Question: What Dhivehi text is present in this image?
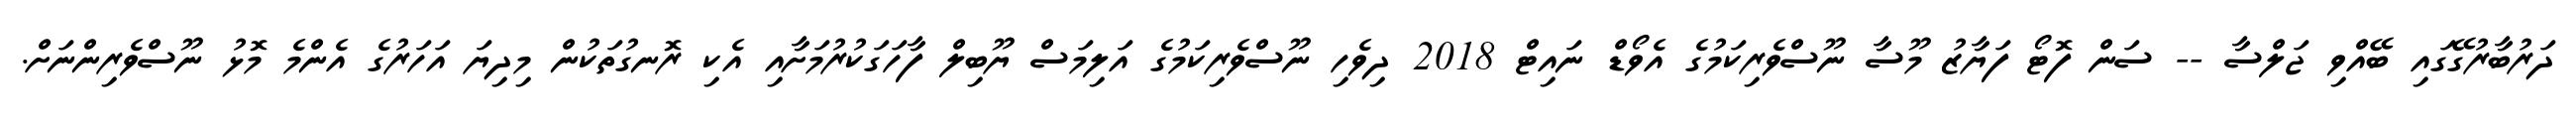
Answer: ދަރުބާރުގޭގައި ބޭއްވި ޖަލްސާ -- ސަން ފޮޓޯ ފަޔާޒު މޫސާ ނޫސްވެރިކަމުގެ އެވޯޑް ނައިޓް 2018 ދިވެހި ނޫސްވެރިކަމުގެ އަލިމަސް ޔޫބިލް ފާހަގަކުރުމަށާއި އެކި ރޮނގުތަކުން މިދިޔަ އަހަރުގެ އެންމެ މޮޅު ނޫސްވެރިންނަށް.